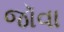
જૉવા